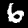
Label: 6